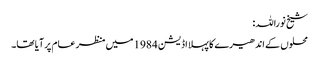
شیخ نوراللہ:
محلوں کے اندھیرے کا پہلا اڈیشن 1984 میں منظر عام پر آیا تھا۔